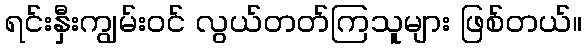
ရင်းနှီးကျွမ်းဝင် လွယ်တတ်ကြသူများ ဖြစ်တယ်။